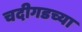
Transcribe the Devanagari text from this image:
चदीगडच्या